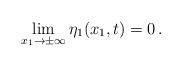
LaTeX: \begin{align*}\lim_{x_1\to\pm \infty} \eta_1(x_1, t) = 0\,.\end{align*}